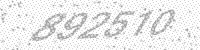
Solution: 892510